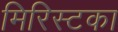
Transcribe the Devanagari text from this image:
मिरिस्टका